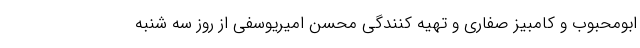
ابومحبوب و کامبیز صفاری و تهیه کنندگی محسن امیریوسفی از روز سه شنبه